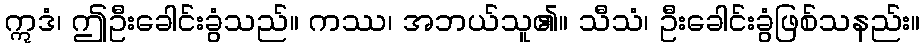
ဣဒံ၊ ဤဦးခေါင်းခွံသည်။ ကဿ၊ အဘယ်သူ၏။ သီသံ၊ ဦးခေါင်းခွံဖြစ်သနည်း။